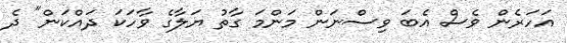
އަހަރެން ވެސް އެބަ ވިސްނަން މަންމަ ގާތު ޔަލާގެ ވާހަކަ ދައްކަން" ދެ